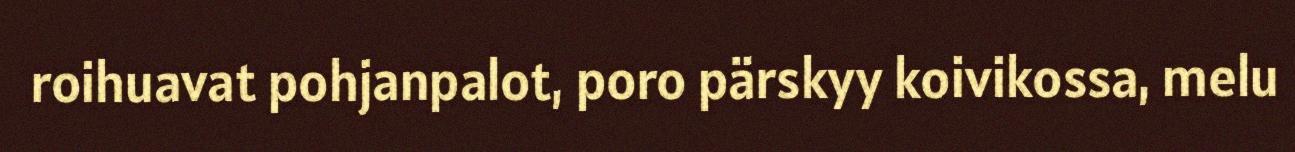
roihuavat pohjanpalot, poro pärskyy koivikossa, melu